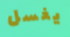
يغسل